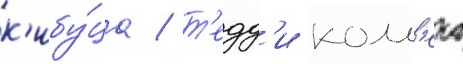
к'ибу́ца / т'едд'и колл'ека